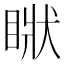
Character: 𥇺